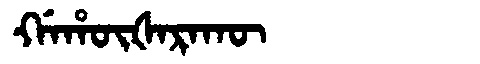
Manchu: ᡤᠠᡥᡡᡧᠠᡵᠠᡴᡡ
Romanization: GAHŪŠARAKŪ